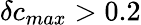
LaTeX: \delta c_{max}>0.2